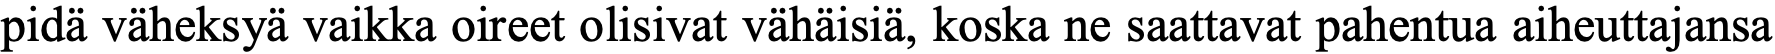
pidä väheksyä vaikka oireet olisivat vähäisiä, koska ne saattavat pahentua aiheuttajansa